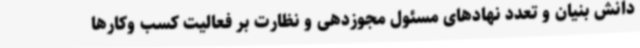
دانش بنیان و تعدد نهادهای مسئول مجوزدهی و نظارت بر فعالیت کسب وکارها